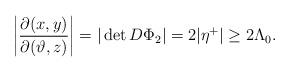
LaTeX: \begin{align*}\left|\frac{\partial(x,y)}{\partial(\vartheta,z)}\right| = |\det D\Phi_2|= 2|\eta^+| \ge 2\Lambda_0.\end{align*}